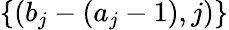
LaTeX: \{ (b_{j}-(a_{j}-1),j)\}